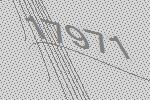
17971